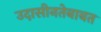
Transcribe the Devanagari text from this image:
उदासीनतेबाबत